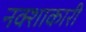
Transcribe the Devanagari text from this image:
नक्शाकारी